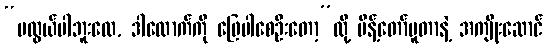
“မလွယ်ပါဘူးလေ, ဒါလောက်ကို ဖြေပါစေဦးတော့”လို့ မိန့်တော်မူတာနဲ့ အကျိုးဆောင်